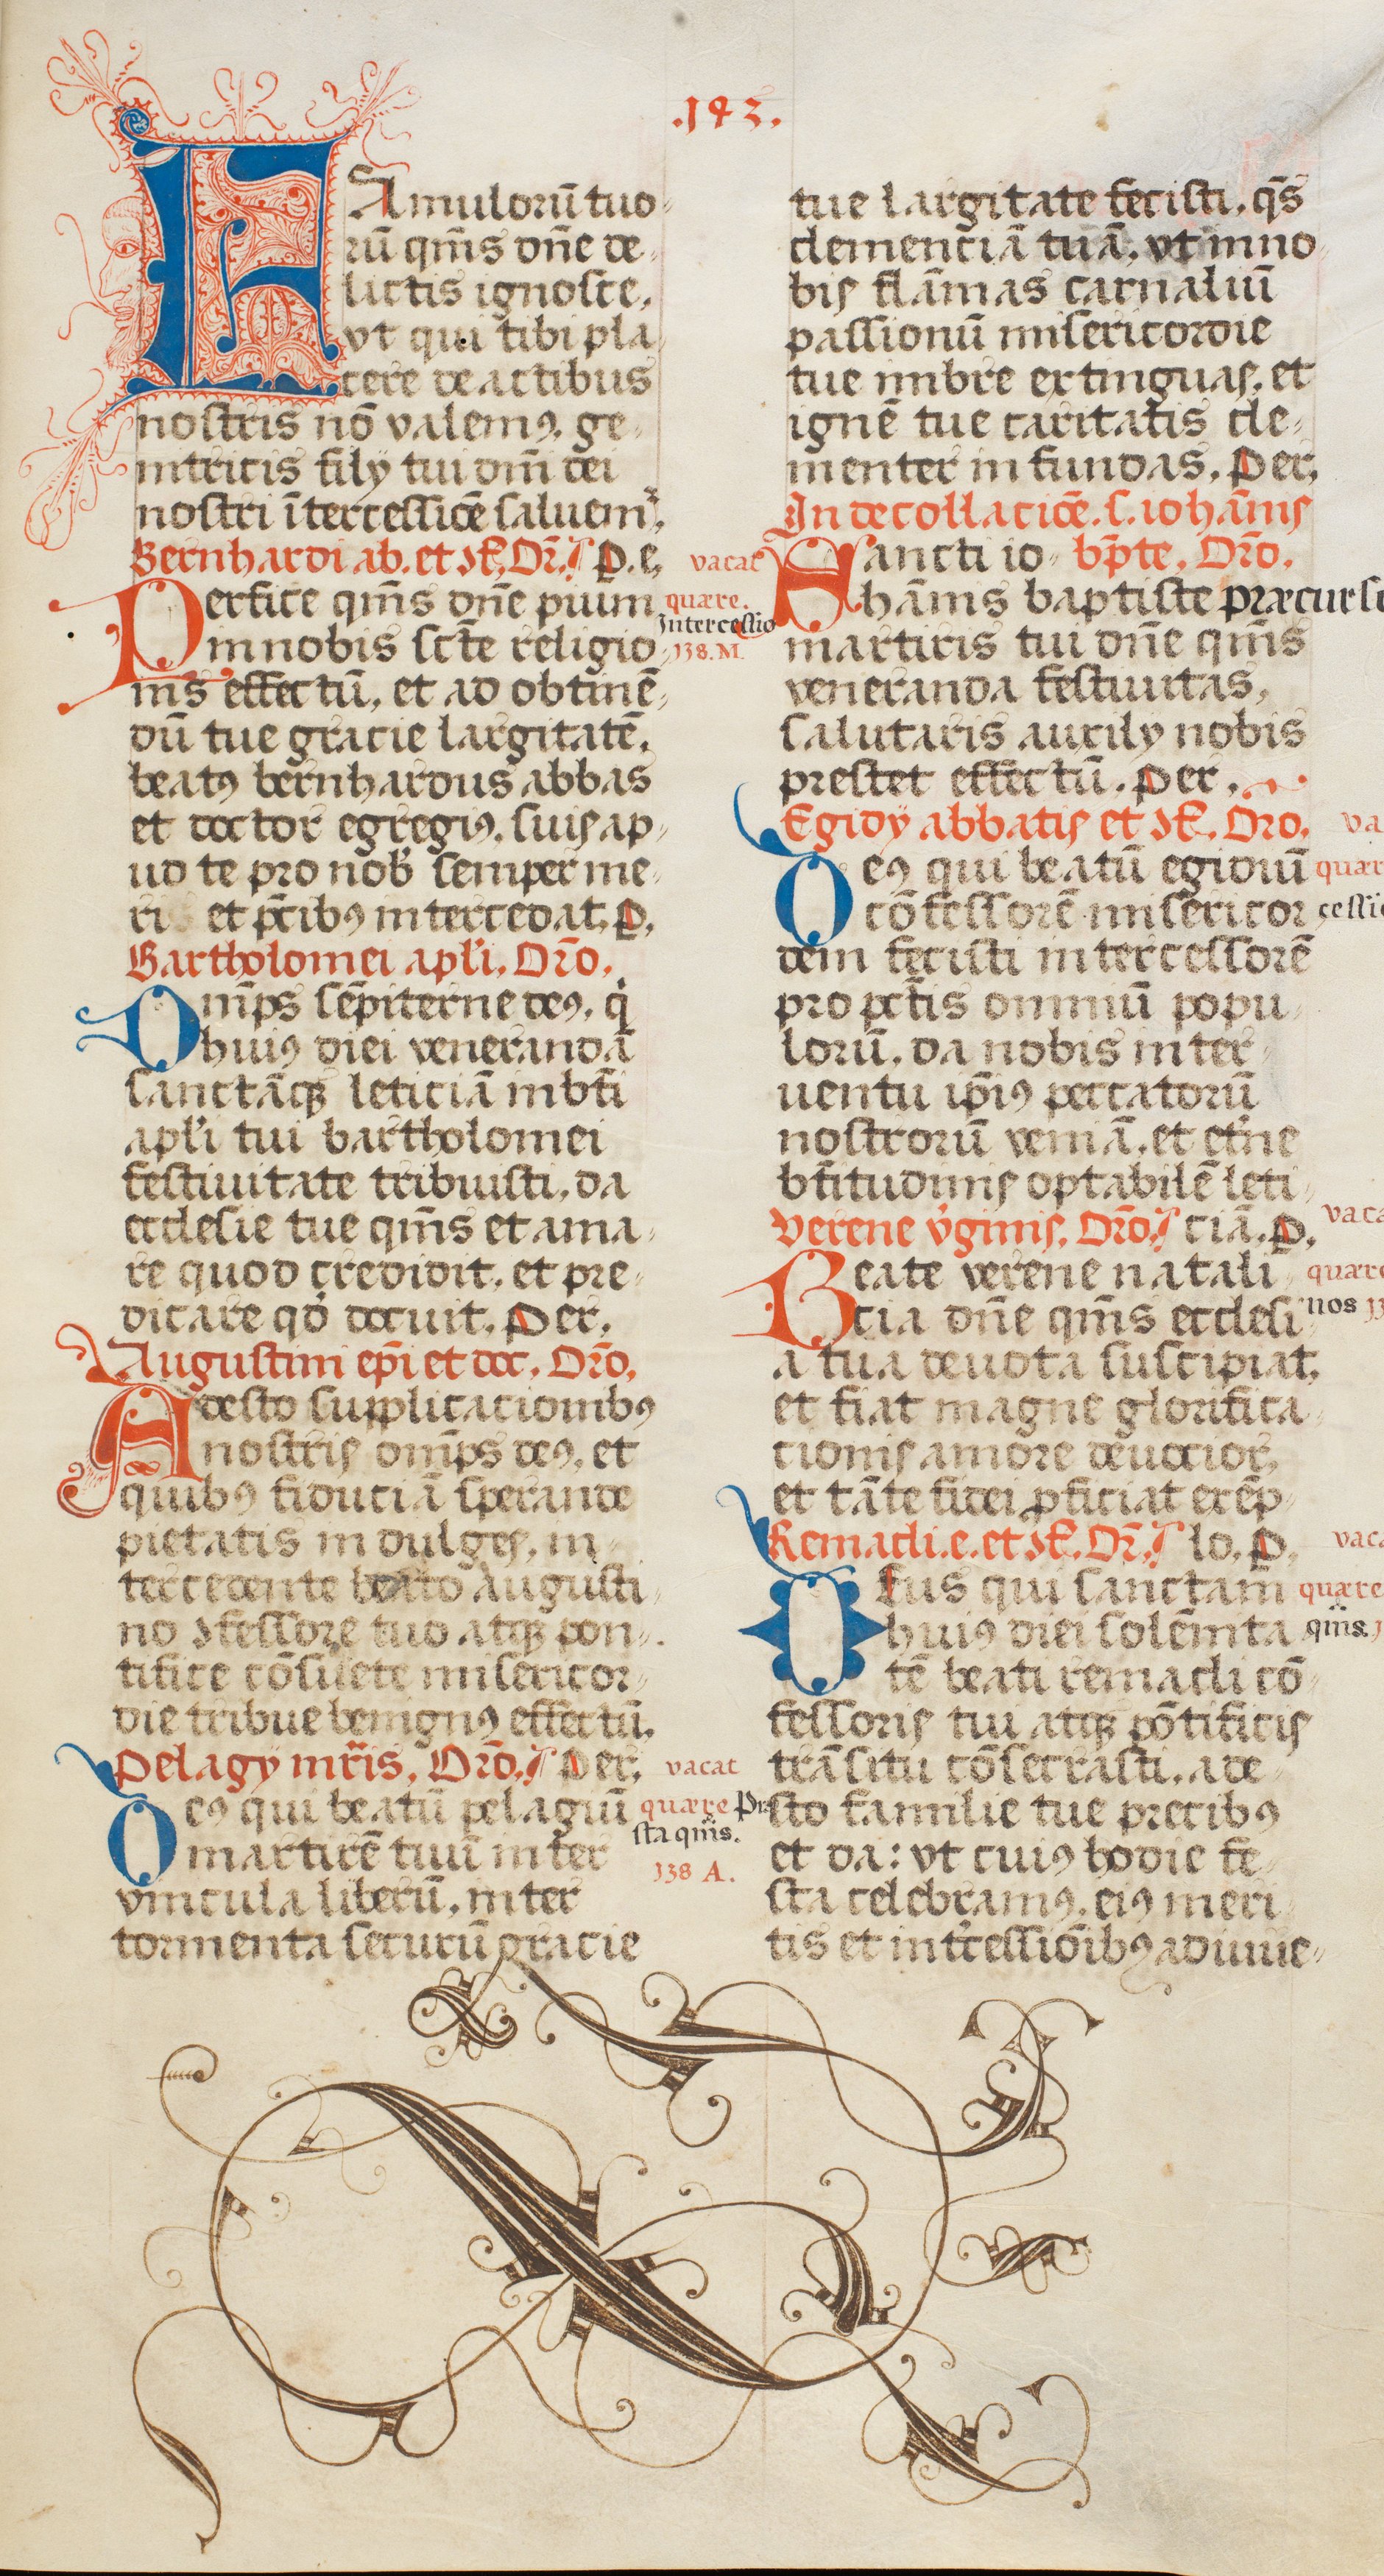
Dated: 1507–1517